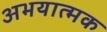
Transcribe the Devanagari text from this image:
अभयात्मक